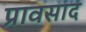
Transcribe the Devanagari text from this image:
प्रावसाद